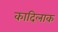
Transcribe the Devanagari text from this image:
कादिलाक